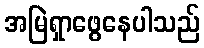
အမြဲရှာဖွေနေပါသည်